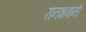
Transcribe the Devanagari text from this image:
रानभवानी